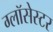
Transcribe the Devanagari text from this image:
ग्लॉसेस्टर